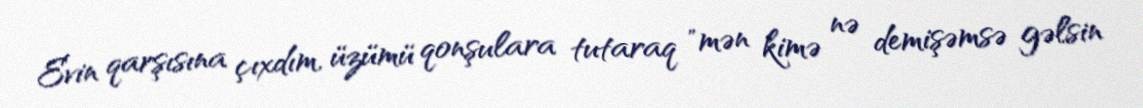
Evin qarşısına çıxdım, üzümü qonşulara tutaraq "mən kimə nə demişəmsə gəlsin